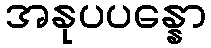
အနုပပန္နော